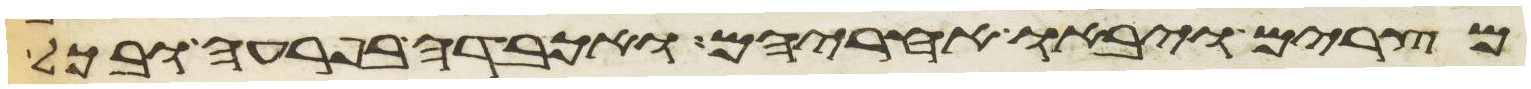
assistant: מצרים ויבאו אחריהם ואכבדה בפרעה ובכל